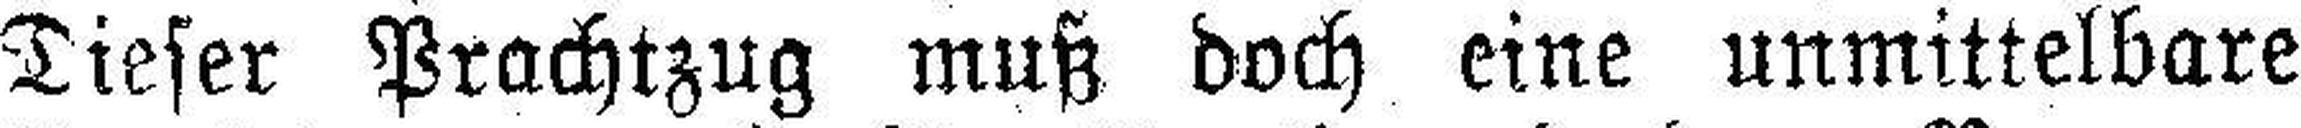
Dieser Prachtzug muß doch eine unmittelbare